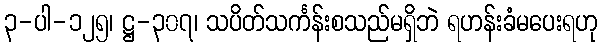
၃-ပါ-၁၂၅၊ ဋ္ဌ-၃၀၇၊ သပိတ်သင်္ကန်းစသည်မရှိဘဲ ရဟန်းခံမပေးရဟု